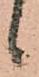
候